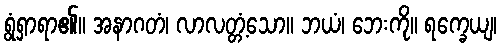
ရွံရှာရာ၏။ အနာဂတံ၊ လာလတ္တံ့သော။ ဘယံ၊ ဘေးကို။ ရက္ခေယျ၊